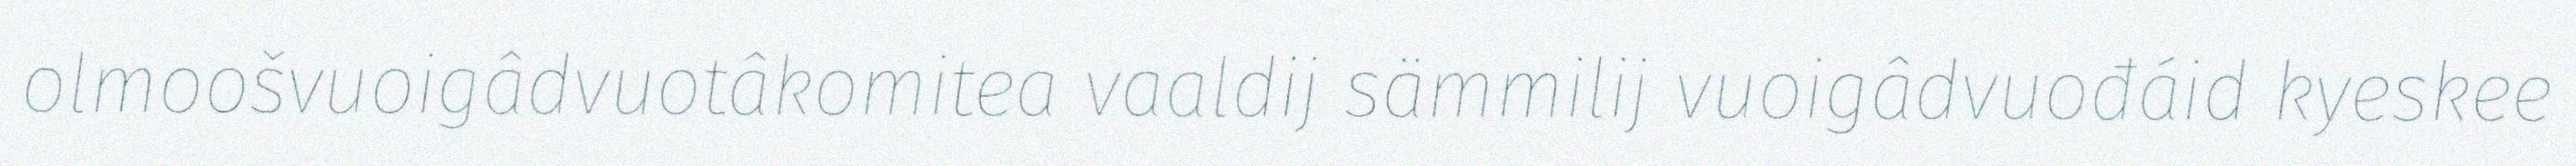
olmoošvuoigâdvuotâkomitea vaaldij sämmilij vuoigâdvuođáid kyeskee